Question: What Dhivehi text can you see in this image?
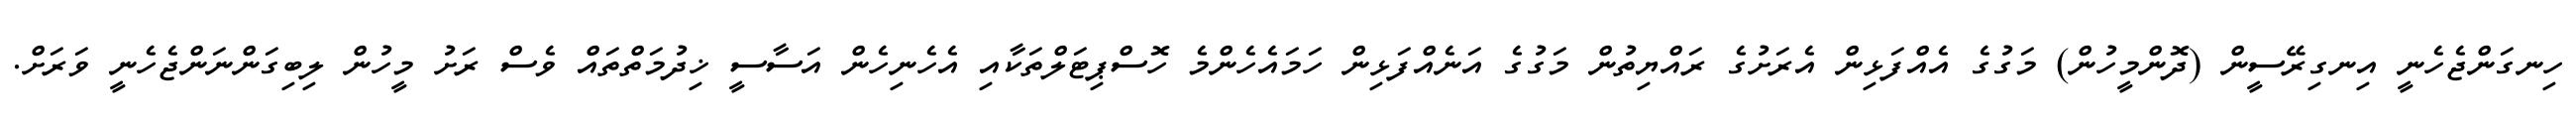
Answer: ހިނގަންޖެހެނީ އިނގިރޭސީން (ދޮންމީހުން) މަގުގެ އެއްފަޅިން އެރަށުގެ ރައްޔިތުން މަގުގެ އަނެއްފަޅިން ހަމައެހެންމެ ހޮސްޕިޓަލްތަކާއި އެހެނިހެން އަސާސީ ޚިދުމަތްތައް ވެސް ރަށު މީހުން ލިބިގަންނަންޖެހެނީ ވަރަށް.